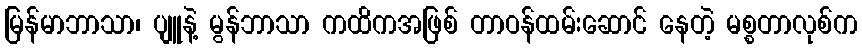
မြန်မာဘာသာ၊ ပျူနဲ့ မွန်ဘာသာ ကထိကအဖြစ် တာဝန်ထမ်းဆောင် နေတဲ့ မစ္စတာလုစ်က